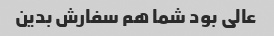
عالی بود شما هم سفارش بدین